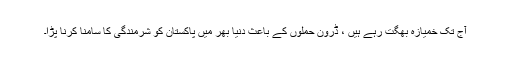
آج تک خمیازہ بھگت رہے ہیں ، ڈرون حملوں کے باعث دنیا بھر میں پاکستان کو شرمندگی کا سامنا کرنا پڑا۔